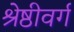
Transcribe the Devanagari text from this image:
श्रेष्ठीवर्ग